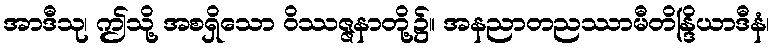
အာဒီသု၊ ဤသို့ အစရှိသော ဝိဿဇ္ဇနာတို့၌။ အနညာတညဿာမီတိန္ဒြိယာဒီနံ၊